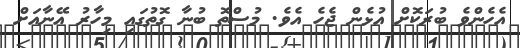
އެހެންވެ ބުރަކޮށް އުޅެން ޖެހެ އެވެ. މުސްތޮ ބުނާ ގޮތުގައި މިހާރު އޭނާއަށް